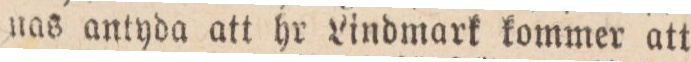
nas antyda att hr Lindmark kommer att